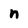
Character: n